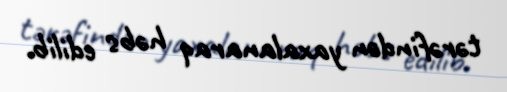
tərəfindən yaxalanaraq həbs edilib.